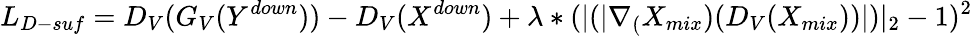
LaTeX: L_{D-suf}=D_{V}(G_{V}(Y^{down}))-D_{V}(X^{down})+\lambda*(|(|\nabla_{(}X_{mix})(D_{V}(X_{mix}))|)|_{2}-1)^{2}